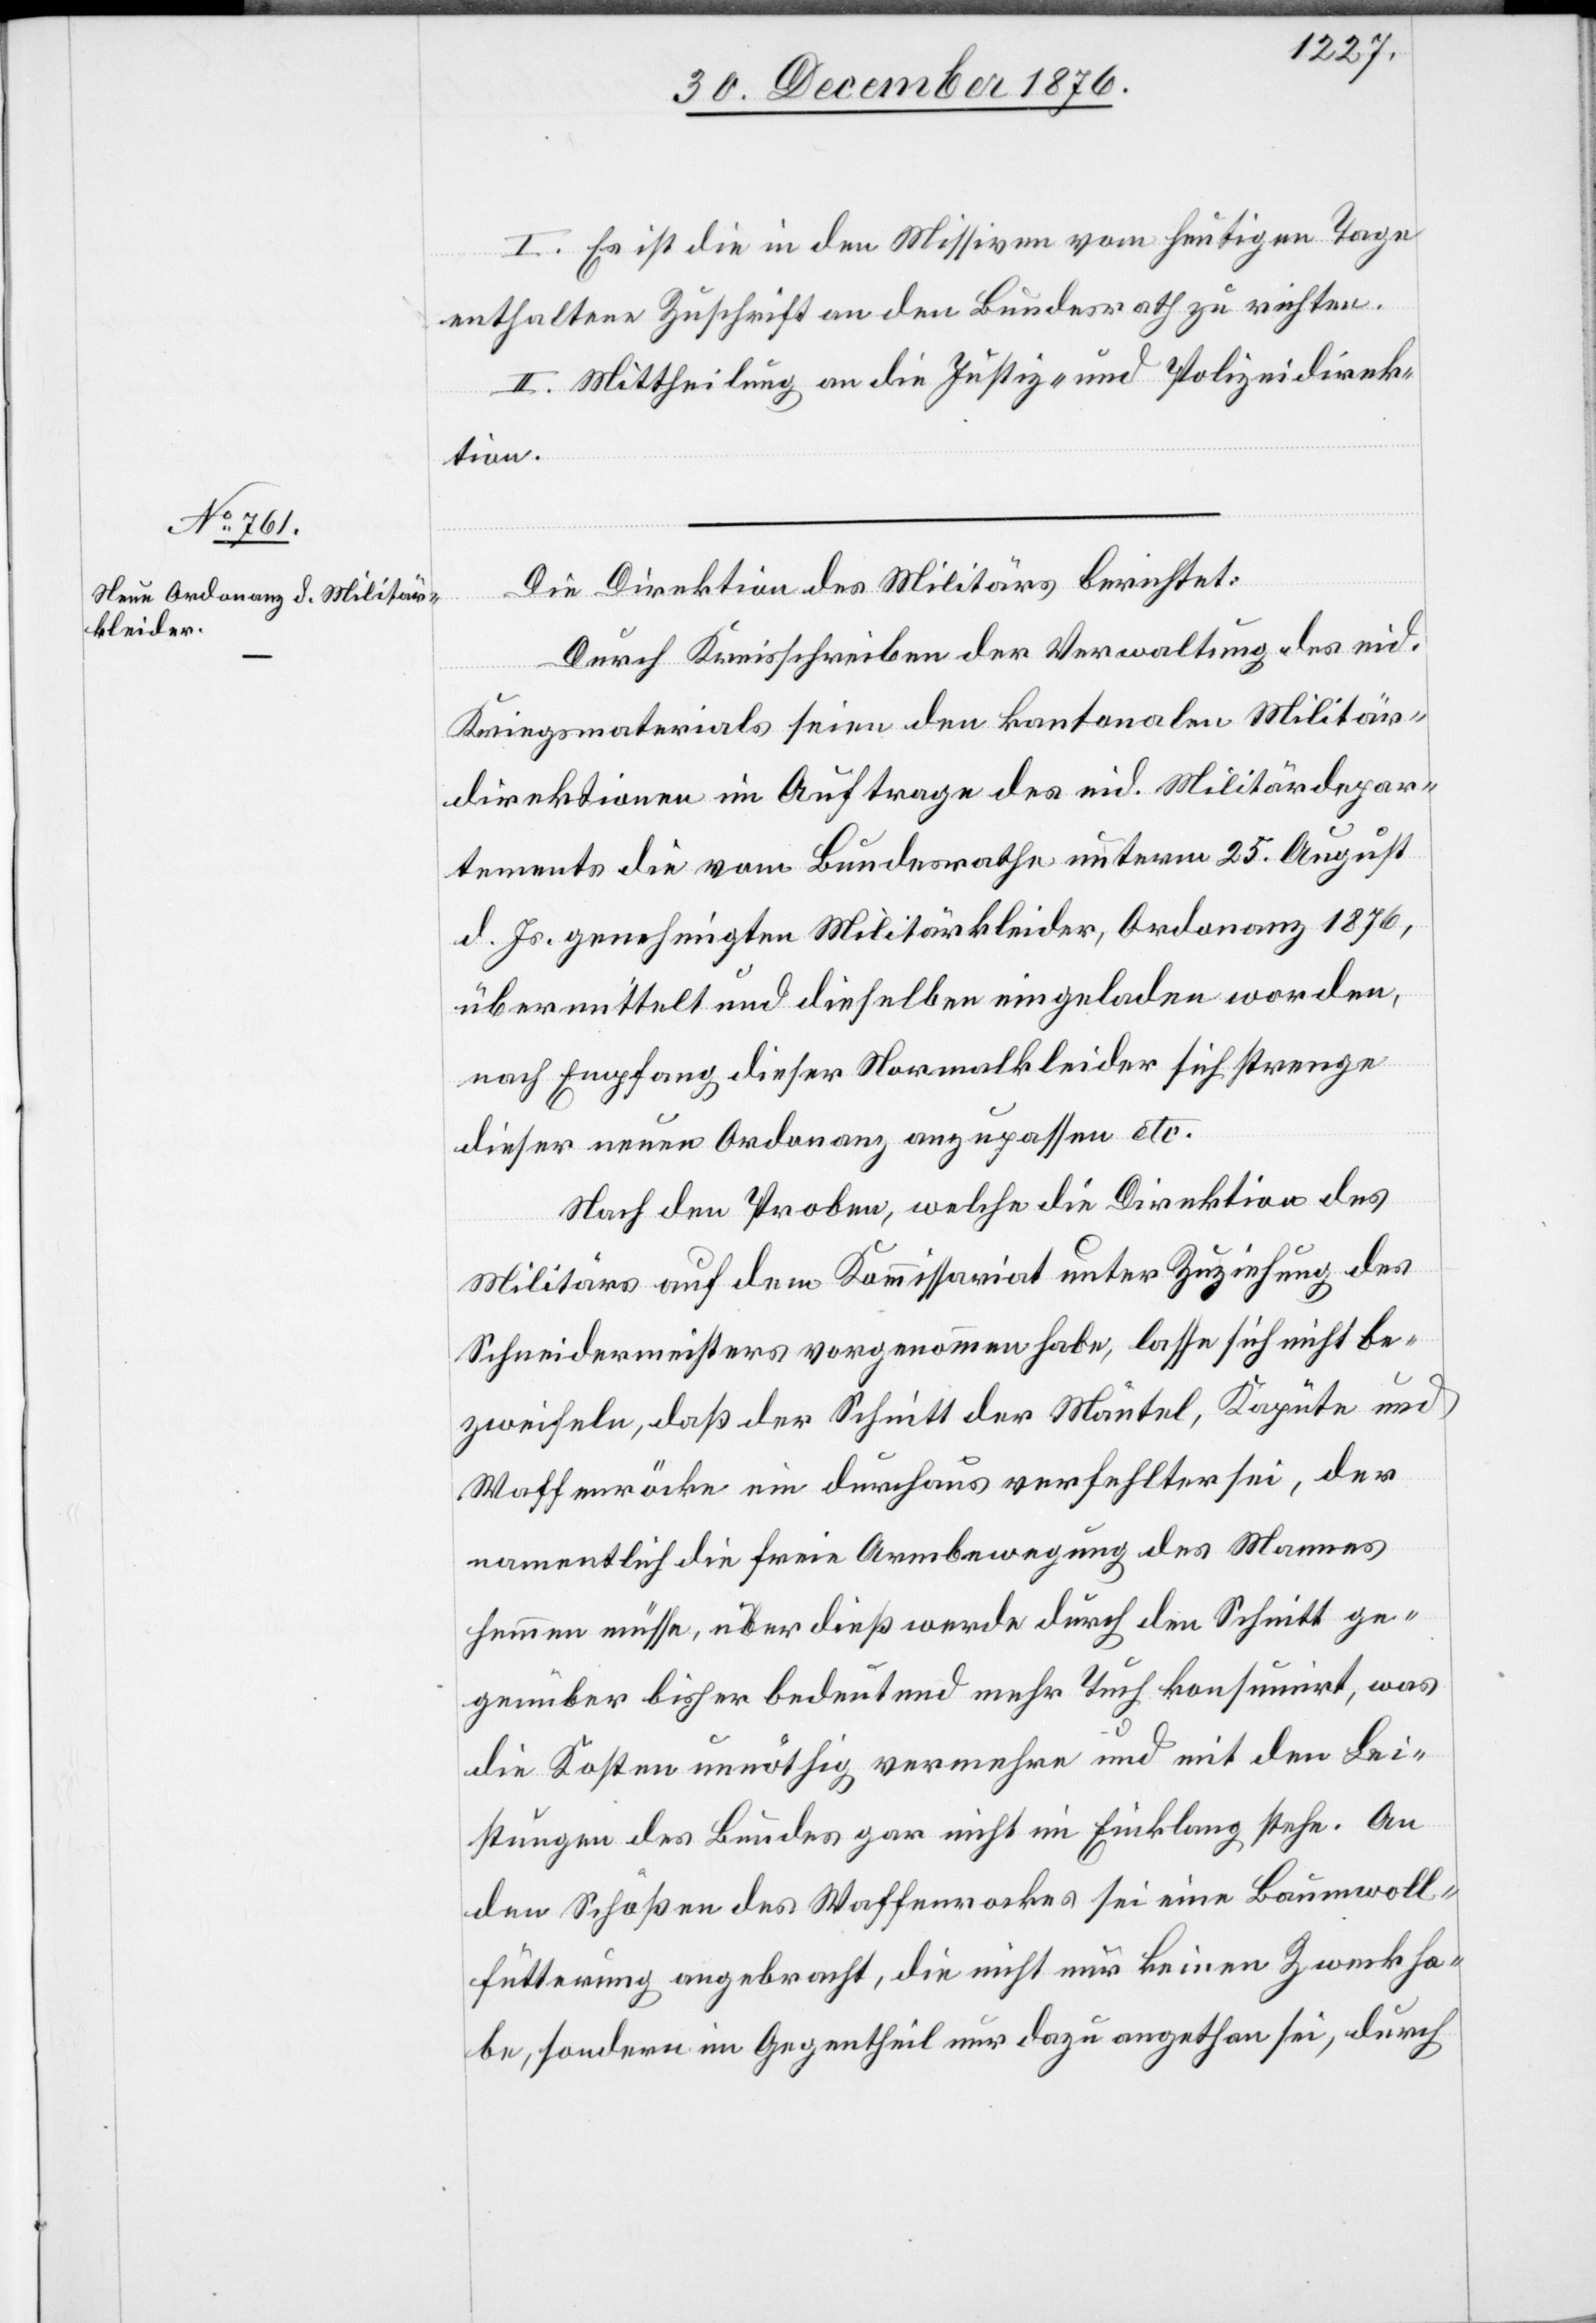
I. Es ist die in den Missiven vom heutigen Tage
enthaltene Zuschrift an den Bundesrath zu richten.
II. Mittheilung an die Justiz- und Polizeidirek¬
tion.
Die Direktion des Militärs berichtet:
Durch Kreisschreiben der Verwaltung des eid.
Kriegsmaterials seien den kantonalen Militär¬
direktionen im Auftrage des eid. Militärdepar¬
tements die vom Bundesrathe unterm 25. August
d. Js. genehmigten Militärkleider, Ordonanz 1876,
übermittelt und dieselben eingeladen worden,
nach Empfang dieser Normalkleider sich strenge
dieser neuen Ordonanz anzupassen etc.
Nach den Proben, welche die Direktion des
Militärs auf dem Kommissariat unter Zuziehung des
Schneidermeisters vorgenommen habe, lasse sich nicht be¬
zweifeln, daß der Schnitt der Mäntel, Kapüte und
Waffenröcke ein durchaus verfehlter sei, der
namentlich die freie Armbewegung des Mannes
hemmen müsse, überdieß werde durch den Schnitt ge¬
genüber bisher bedeutend mehr Tuch konstatirt, was
die Kosten unnöthig vermehre und mit den Lei¬
stungen des Bundes gar nicht im Einklang stehe. An
den Schößen des Waffenrockes sei eine Baumwoll¬
fütterung angebracht, die nicht nur keinen Zweck ha¬
be, sondern im Gegentheil nur dazu angethan sei, durch